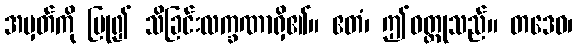
အမှတ်ကို ပြု၍ သိခြင်းလက္ခဏာရှိ၏။ ဧတံ၊ ဤဝတ္ထုသည်။ တဒေဝ၊